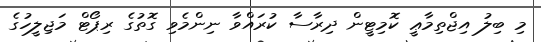
މި ބިލު އިޖްތިމާޢީ ކޮމިޓީން ދިރާސާ ކުރައްވާ ނިންމެވި ގޮތުގެ ރިޕޯޓް މަޖިލީހުގެ